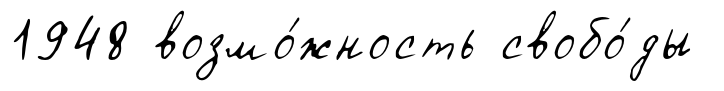
1948 возмо́жность свобо́ды